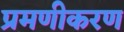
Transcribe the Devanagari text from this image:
प्रमणीकरण